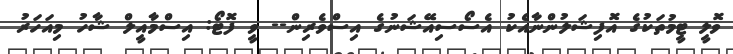
ވޮލީ ޓީމުތަކުގެ އޮފިޝަލުންނާއެކު އެސޯސިއޭޝަނުގެ އިސްވެރިން-- ވީ ފޮޓޯ: އިސްމާއީލް ޝާހު މިއަހަރު